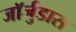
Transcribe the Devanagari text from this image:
जॉर्जुडास